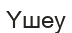
Үшеу